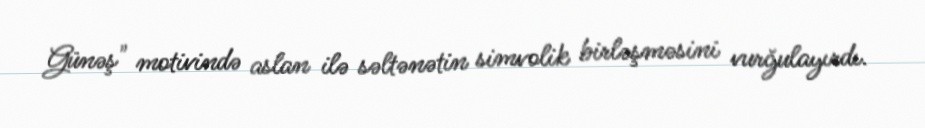
Günəş" motivində aslan ilə səltənətin simvolik birləşməsini vurğulayırdı.